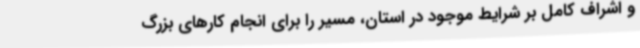
و اشراف کامل بر شرایط موجود در استان، مسیر را برای انجام کارهای بزرگ